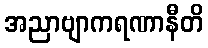
အညာဗျာကရဏာနီတိ